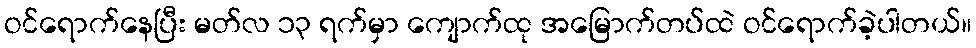
ဝင်ရောက်နေပြီး မတ်လ ၁၃ ရက်မှာ ကျောက်ထု အမြောက်တပ်ထဲ ဝင်ရောက်ခဲ့ပါတယ်။